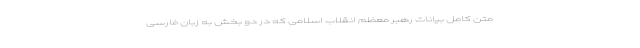
متن کامل بیانات رهبر معظم انقلاب اسلامی که در دو بخش به زبان فارسی